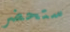
ستحضر